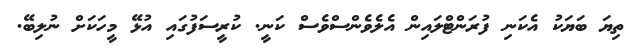
ތިޔަ ބަޔަކު އެކަނި ފުރަންޓްލައިން އެލެވެންސްވެސް ކަނީ. ކުރީސަފުގައި އުޅޭ މީހަކަށް ނުލިބޭ.